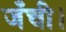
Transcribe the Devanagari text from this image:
जँची।